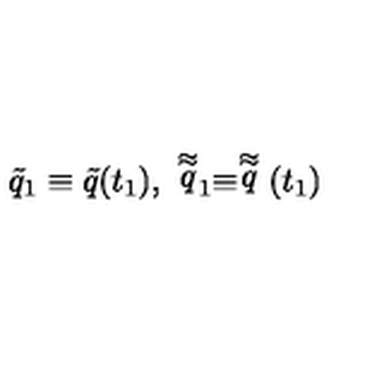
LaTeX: \tilde { q } _ { 1 } \equiv \tilde { q } ( t _ { 1 } ) , \ \stackrel { \approx } { q } _ { 1 } \equiv \stackrel { \approx } { q } ( t _ { 1 } )